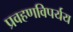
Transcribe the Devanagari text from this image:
प्रवहणविपर्यय